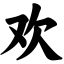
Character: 欢